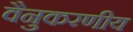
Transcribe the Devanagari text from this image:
वैनुकरणीय